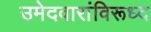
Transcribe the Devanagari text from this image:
उमेदवारांविरूध्द